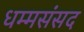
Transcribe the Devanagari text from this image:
धम्मसंसद